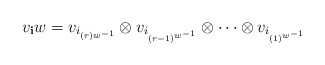
\begin{align*} v_{\mathbf i} w=v_{i_{(r)w^{-1} }} \otimes v_{i_{(r-1)^{w^{-1}}}} \otimes \cdots \otimes v_{i_{(1)^{w^{-1}}}} \end{align*}